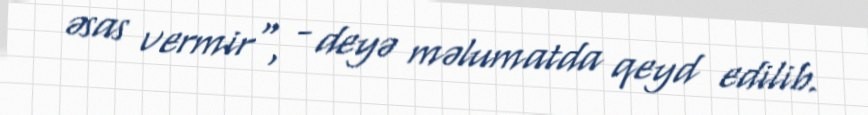
əsas vermir", - deyə məlumatda qeyd edilib.